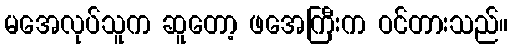
မအေလုပ်သူက ဆူတော့ ဖအေကြီးက ဝင်တားသည်။